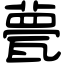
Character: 甍